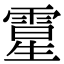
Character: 𩄆